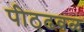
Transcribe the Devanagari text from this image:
पीठढवळ